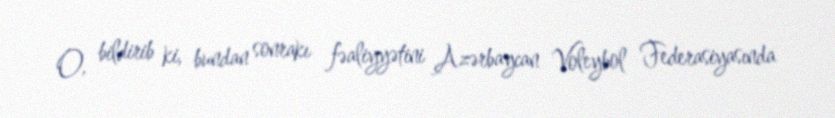
O, bildirib ki, bundan sonrakı fəaliyyətini Azərbaycan Voleybol Federasiyasında